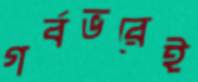
গর্বভরেই